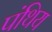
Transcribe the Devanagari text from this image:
पंथिय